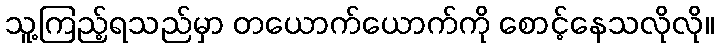
သူ့ကြည့်ရသည်မှာ တယောက်ယောက်ကို စောင့်နေသလိုလို။